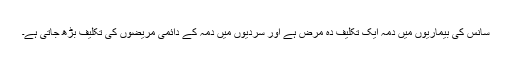
سانس کی بیماریوں میں دمہ ایک تکلیف دہ مرض ہے اور سردیوں میں دمہ کے دائمی مریضوں کی تکلیف بڑھ جاتی ہے۔